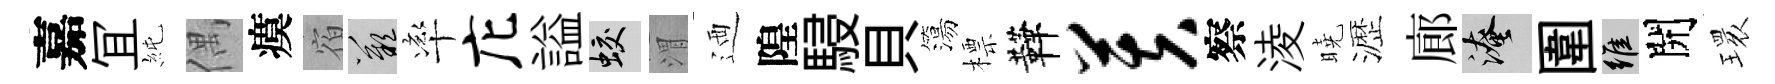
嘉冝純偶瘼宿嘆率庀謚蛟渭迺隍駸貝簜標鞾芙察淩曉瀝廊淹圍維開𤨔